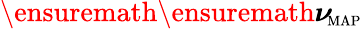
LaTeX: \ensuremath{\ensuremath{\boldsymbol\nu}_{\! \mathrm{{\scriptscriptstyle MAP}}}}